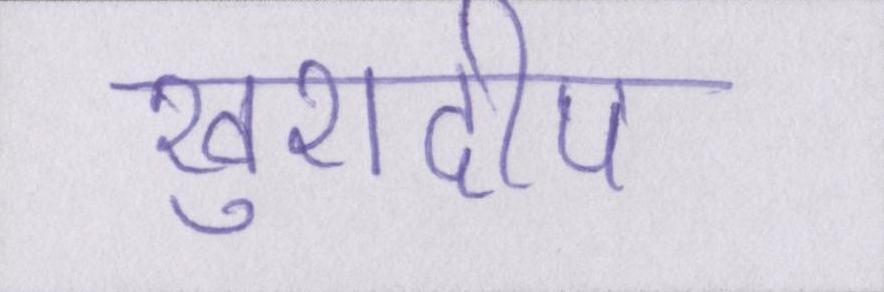
खुशदीप